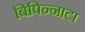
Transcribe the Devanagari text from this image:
बिपिन्नाटा